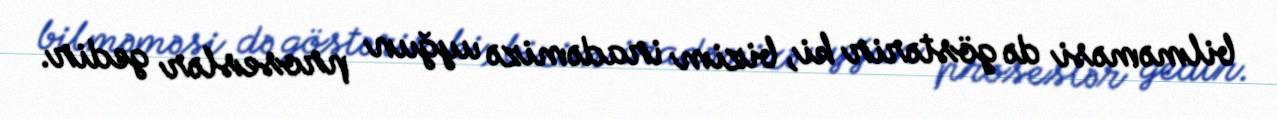
bilməməsi də göstərir ki, bizim iradəmizə uyğun proseslər gedir.